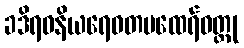
ခဒိရဝနိယရေဝတမထေရ်ဝတ္ထု